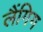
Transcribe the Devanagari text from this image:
लैंगिग